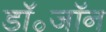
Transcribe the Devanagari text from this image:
डॉ॰जॉन